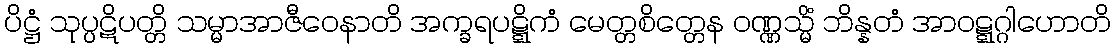
ပိဋ္ဌံ သုပ္ပဋိပတ္တိ သမ္မာအာဇီဝေနာတိ အက္ခရပဋ္ဋိကံ မေတ္တစိတ္တေန ဝဏ္ဏသ္မိံ ဘိန္နတံ အာဝဋ္ဋဂ္ဂါဟောတိ